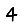
Digit: 4